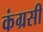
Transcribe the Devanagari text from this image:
कंग्रसी